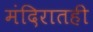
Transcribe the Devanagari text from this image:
मंदिरातही